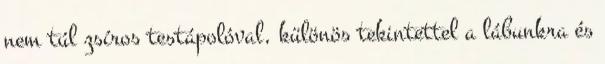
nem túl zsíros testápolóval, különös tekintettel a lábunkra és